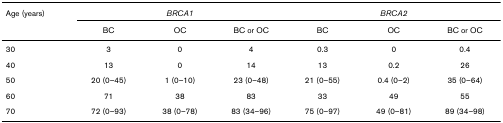
<table><thead><tr><td><b>Age (years)</b></td><td colspan="3"><b><i>BRCA1</i></b></td><td colspan="3"><b><i>BRCA2</i></b></td></tr><tr><td></td><td><b>BC</b></td><td><b>OC</b></td><td><b>BC or OC</b></td><td><b>BC</b></td><td><b>OC</b></td><td><b>BC or OC</b></td></tr></thead><tbody><tr><td>30</td><td>3</td><td>0</td><td>4</td><td>0.3</td><td>0</td><td>0.4</td></tr><tr><td>40</td><td>13</td><td>0</td><td>14</td><td>13</td><td>0.2</td><td>26</td></tr><tr><td>50</td><td>20 (0–45)</td><td>1 (0–10)</td><td>23 (0–48)</td><td>21 (0–55)</td><td>0.4 (0–2)</td><td>35 (0–64)</td></tr><tr><td>60</td><td>71</td><td>38</td><td>83</td><td>33</td><td>49</td><td>55</td></tr><tr><td>70</td><td>72 (0–93)</td><td>38 (0–78)</td><td>83 (34–96)</td><td>75 (0–97)</td><td>49 (0–81)</td><td>89 (34–98)</td></tr></tbody></table>